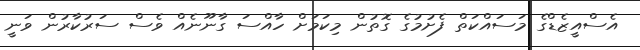
އެސްއީޒެޑްގެ މަސައްކަތް ފެށުމުގެ ގޮތުން މިކަމަށް ހާއްސަ ގާނޫނެއް ވެސް ސަރުކާރުން ވަނީ